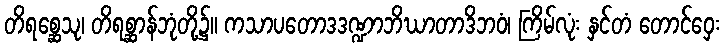
တိရစ္ဆေသု၊ တိရစ္ဆာန်ဘုံတို့၌။ ကသာပတောဒဒဏ္ဍာဘိဃာတာဒိဘဝံ၊ ကြိမ်လုံး နှင်တံ တောင်ဝှေး